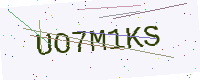
Text: UO7M1KS